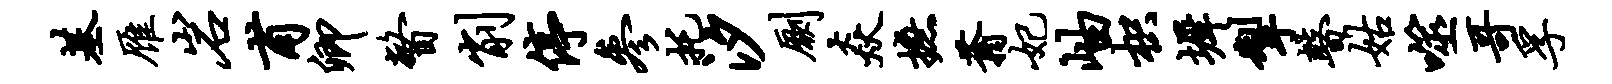
基雁岩甫卿瞥削停参托汐劂焱摭蓊妃岫枳墀掣瞽姑噬哥孚